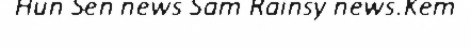
Hun Sen news Sam Rainsy news.Kem